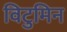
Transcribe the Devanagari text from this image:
विटुमिन